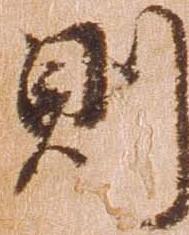
則